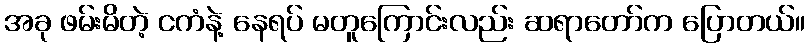
အခု ဖမ်းမိတဲ့ ငကံနဲ့ နေရပ် မတူကြောင်းလည်း ဆရာတော်က ပြောတယ်။